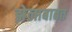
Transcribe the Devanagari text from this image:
झेलाबाबत